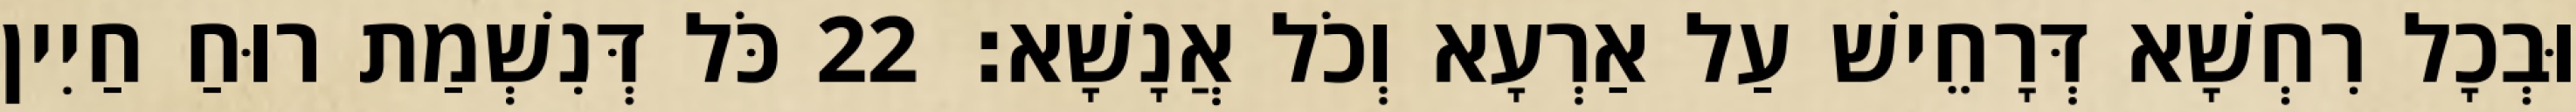
וּבְכָל רִחְשָׁא דְּרָחֵישׁ עַל אַרְעָא וְכֹל אֲנָשָׁא׃ 22 כֹּל דְּנִשְׁמַת רוּחַ חַיִין